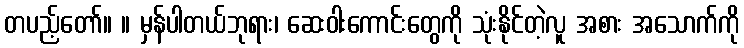
တပည့်တော်။ ။ မှန်ပါတယ်ဘုရား၊ ဆေးဝါးကောင်းတွေကို သုံးနိုင်တဲ့လူ အစား အသောက်ကို